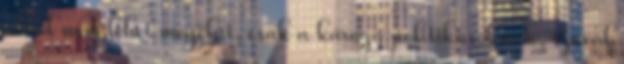
abból nem lehet megélni, csak a károgó politikusoknak, szóval